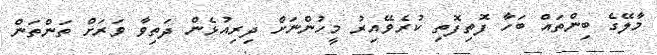
މާލޭގެ ބިންތައް ބަހާ ފޮތިފޮތި ކުރެވޭއިރު މީހުންނަށް ދިރިއުޅެން ދަތިވާ ވަރަށް ތަންތަން